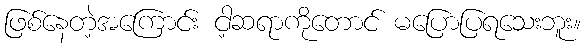
ဖြစ်နေတဲ့အကြောင်း ငါ့ဆရာကိုတောင် မပြောပြရသေးဘူး။